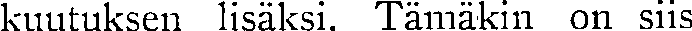
kuutuksen lisäksi. Tämäkin on siis